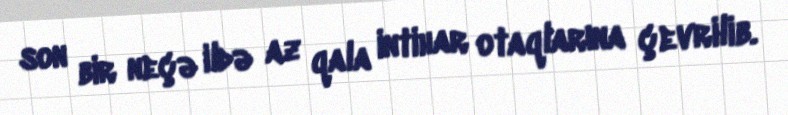
son bir neçə ildə az qala intihar otaqlarına çevrilib.